Report on vaccination in Madras 1904-1921 - 1904-1921
Year: 1904
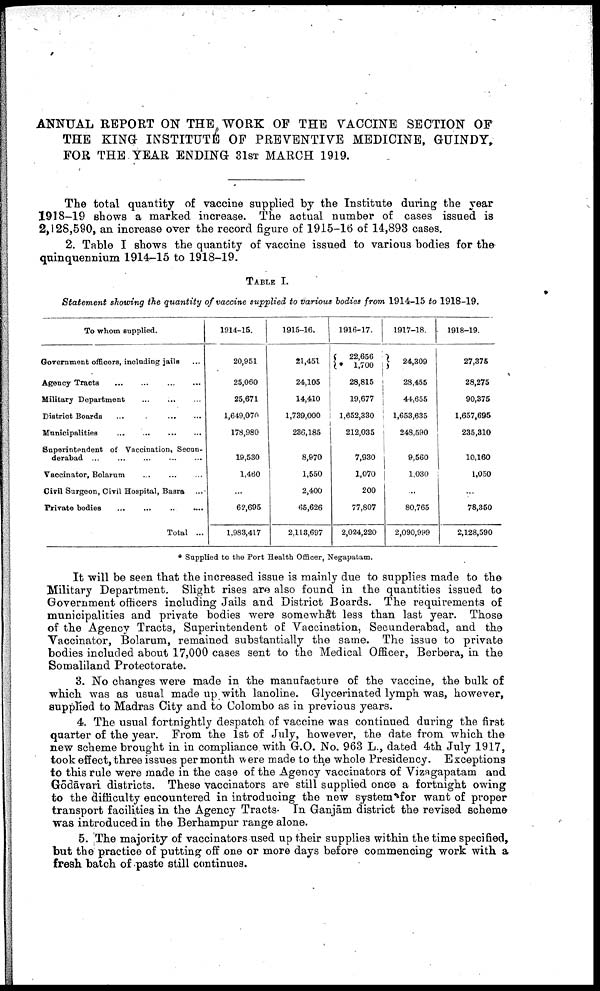
ANNUAL REPORT ON THE WORK OF THE VACCINE SECTION OF
THE KING INSTITUTE OF PREVENTIVE MEDICINE, GUINDY,
FOR THE YEAR ENDING 31ST MARCH 1919.
The total quantity of vaccine supplied by the Institute during the year
1918-19 shows a marked increase. The actual number of cases issued is
2,128,590, an increase over the record figure of 1915-16 of 14,893 cases.
2. Table I shows the quantity of vaccine issued to various bodies for the
quinquennium 1914-15 to 1918-19.
TABLE I.
Statement showing the quantity of vaccine supplied to various bodies from 1914-15 to 1918-19.
To whom supplied.
Government officers, including jails ...
Agency Tracts
...
...
...
...
Military Department ... ... ...
District Boards
...
...
...
Municipalities
...
...
...
...
Superintendent of Vaccination, Secun¬
derabad ...
...
...
...
...
Vaccinator, Bolarum ... ... ...
Civil Surgeon, Civil Hospital, Basra ...
Private bodies ... ... ...
Total ...
1914-15.
20,951
25,060
25,671
1,649,070
178,980
19,530
1,460
...
62,695
1,983,417
1915-16.
21,451
24,105
14,410
1,739,000
236,185
8,970
1,550
2,400
65,626
2,113,697
1916-17.
22,656
*1,700
28,815
19,677
1,652,330
212,035
7,930
1,070
200
77,807
2,024,220
1917-18.
24,309
28,455
44,655
1,653,635
248,590
9,560
1,030
...
80,765
2,090,999
1918-19.
27,375
28,275
90,375
1,657,695
235,310
10,160
1,050
...
78,350
2,128,590
* Supplied to the Port Health Officer, Negapatam.
It will be seen that the increased issue is mainly due to supplies made to the
Military Department. Slight rises are also found in the quantities issued to
Government officers including Jails and District Boards. The requirements of
municipalities and private bodies were somewhat less than last year. Those
of the Agency Tracts, Superintendent of Vaccination, Secunderabad, and the
Vaccinator, Bolarum, remained substantially the same. The issue to private
bodies included about 17,000 cases sent to the Medical Officer, Berbera, in the
Somaliland Protectorate.
3. No changes were made in the manufacture of the vaccine, the bulk of
which was as usual made up with lanoline. Glycerinated lymph was, however,
supplied to Madras City and to Colombo as in previous years.
4. The usual fortnightly despatch of vaccine was continued during the first
quarter of the year. From the 1st of July, however, the date from which the
new scheme brought in in compliance with G.O. No. 963 L., dated 4th July 1917,
took effect, three issues per month were made to the whole Presidency. Exceptions
to this rule were made in the case of the Agency vaccinators of Vizagapatam and
Gōdāvari districts. These vaccinators are still supplied once a fortnight owing
to the difficulty encountered in introducing the new system for want of proper
transport facilities in the Agency Tracts. In Ganjām district the revised scheme
was introduced in the Berhampur range alone.
5. The majority of vaccinators used up their supplies within the time specified,
but the practice of putting off one or more days before commencing work with a
fresh batch of paste still continues.